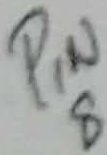
Text: PIN8